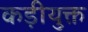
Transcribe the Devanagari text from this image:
कड़ीयुक्त